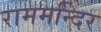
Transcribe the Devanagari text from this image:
राममन्दिर